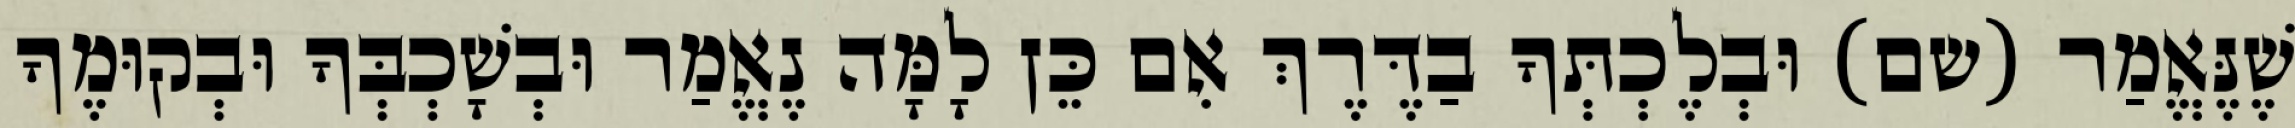
שֶׁנֶּאֱמַר (שם) וּבְלֶכְתְּךָ בַדֶּרֶךְ אִם כֵּן לָמָּה נֶאֱמַר וּבְשָׁכְבְּךָ וּבְקוּמֶךָ